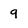
Character: 9